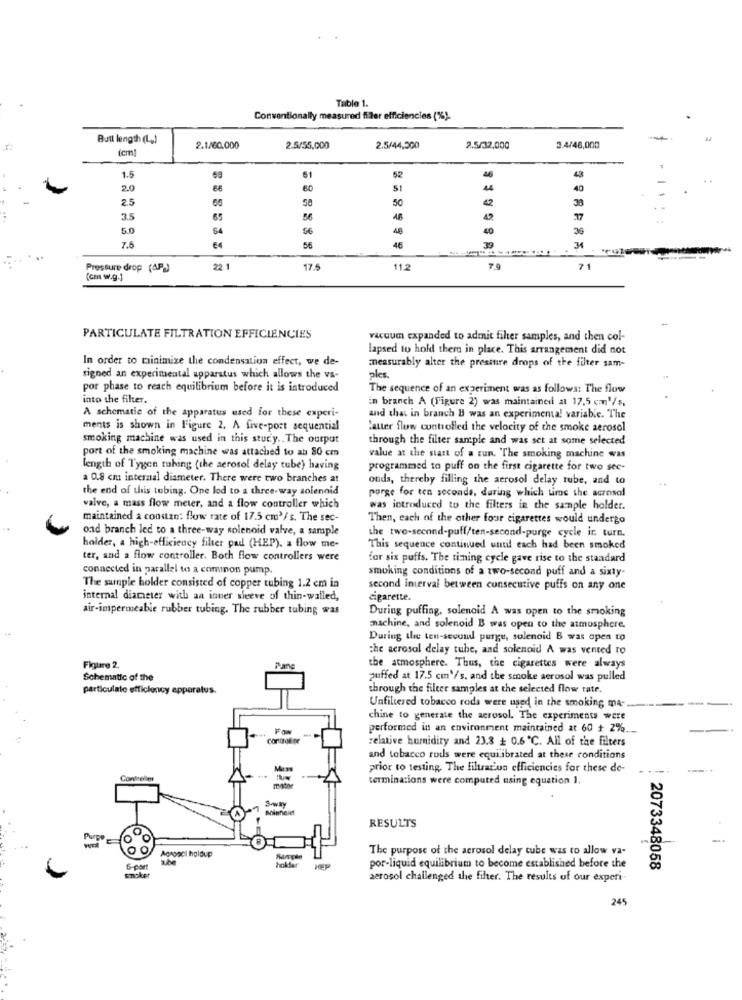
Table 1.
Conventionally measured filler efficiencies (1%).
Butt length (L)
2.1/60,000
2.5/55,000
2.5/44,500
2.5/32,000
3.4/48,000
1.5
61
52
43
20
66
60
44
40
2.5
65
58
50
42
38
3.5
65
56
48
..
5.0
64
56
48
40
7.5
E4
56
48
Pressure drop (4P_)
22.1
17.5
11.2
71
(cm w.g.]
PARTICULATE FILTRATION EFFICIENCIES
vacuum expanded to admit filter samples, and then col-
lapsed to hold them in place. This arrangement did not
In order to minimize the condensation effect, we de-
measurably alter the presstire drops of the filter sam-
signed an experimental apparatus which allows the va-
ples.
por phase to reach equilibrium before it is introduced
The sequence of an experiment was as follows: The flow
into the filter.
in branch A (Figure 2) was maintained at 17.5 cm'/s.
A schematic of the apparatus used for these experi-
and that in branch B was an experimental variabie. The
ments is shown in Figure 2. A five-port sequential
latter flow controlled the velocity of the smoke aerosol
smoking machine was used in this study .. The output
through the filter sample and was set at some selected
port of the smoking machine was attached to ab 80 cm
value at the start of a run, 'The smoking machine was
length of Tygen tubing (the aerosol delay tube) having
programmed to puff on the first cigarette for two sec-
a 0.8 cm internal diameter. There were two branches at
onds, thereby filling the aerosol delay tube, and to
the end of this tubing. One led to a three-way solenoid
porge for ten seconds, during which tiros the acrosal
valve, a mass flow meter, and a flow controller which
was introduced to the filters in the sample holder.
maintained a constan: flow rate of 17.5 cm3/ s. The sec-
Then, each of the other four cigarettes would undergo
ond branch led to a three-way solenoid valve, a sample
the two-second-puff/ten-second-purge cycle ir. turn.
holder, a high-efficiency filter pad (HEP). a flow me-
This sequence continued until each had been smoked
ter, and a flow controller. Both flow controllers were
for six puffs. The timing cycle gave rise to the standard
connected in parallel to a common pump
smoking conditions of a two-second puff and a sixty-
The sunple holder consisted of copper tubing 1.2 cm in
second interval between consecutive puffs on any one
internal diameter with an inner sleeve of thin-walled,
cigarette.
air-impermeable rubber tubing. The rubber tubing was
During puffing, solenoid A was open to the smoking
machine, and solenoid B was open to the atmosphere,
During the ten-second purge, solenoid B was open to
che aerosol delay tube, and solenoid A was vented to
Figure 2.
the atmosphere. Thus, the cigarettes were always
Schematic of the
puffed at 17.5 cm'/s. and the smoke aerosol was pulled
particulate efficiency apparatus.
through the filter samples at the selected flow rate.
Unfiltered tobacco rods were used in the smoking ma-
chine to generate the aerosol. The experimenta were
FON
performed in an environment maintained at 60 + 2% .__
relative humidity and 23.8 + 0.6℃. All of the filters
and tobacco rods were equilibrated at these conditions
Man
prior to testing, The filtration efficiencies for these de-
terminations were computed using equation 1.
3-way
RESULTS
Acroncl holdup
The purpose of the aerosol delay cube was to allow va-
holder
5-port
por-liquid equilibrium to become established before the
2073348058
aerosol challenged the filter. The results of our expert
245